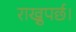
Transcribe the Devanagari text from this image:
राख्नुपर्छ।